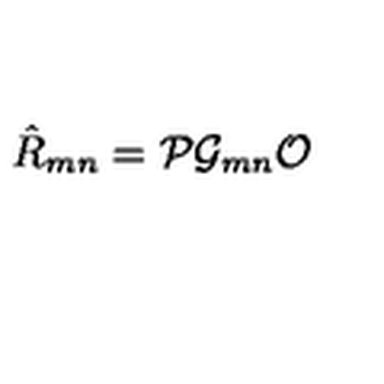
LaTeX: \hat { R } _ { m n } = { \cal P } { \cal G } _ { m n } { \cal O } \,